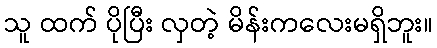
သူ ထက် ပိုပြီး လှတဲ့ မိန်းကလေးမရှိဘူး။